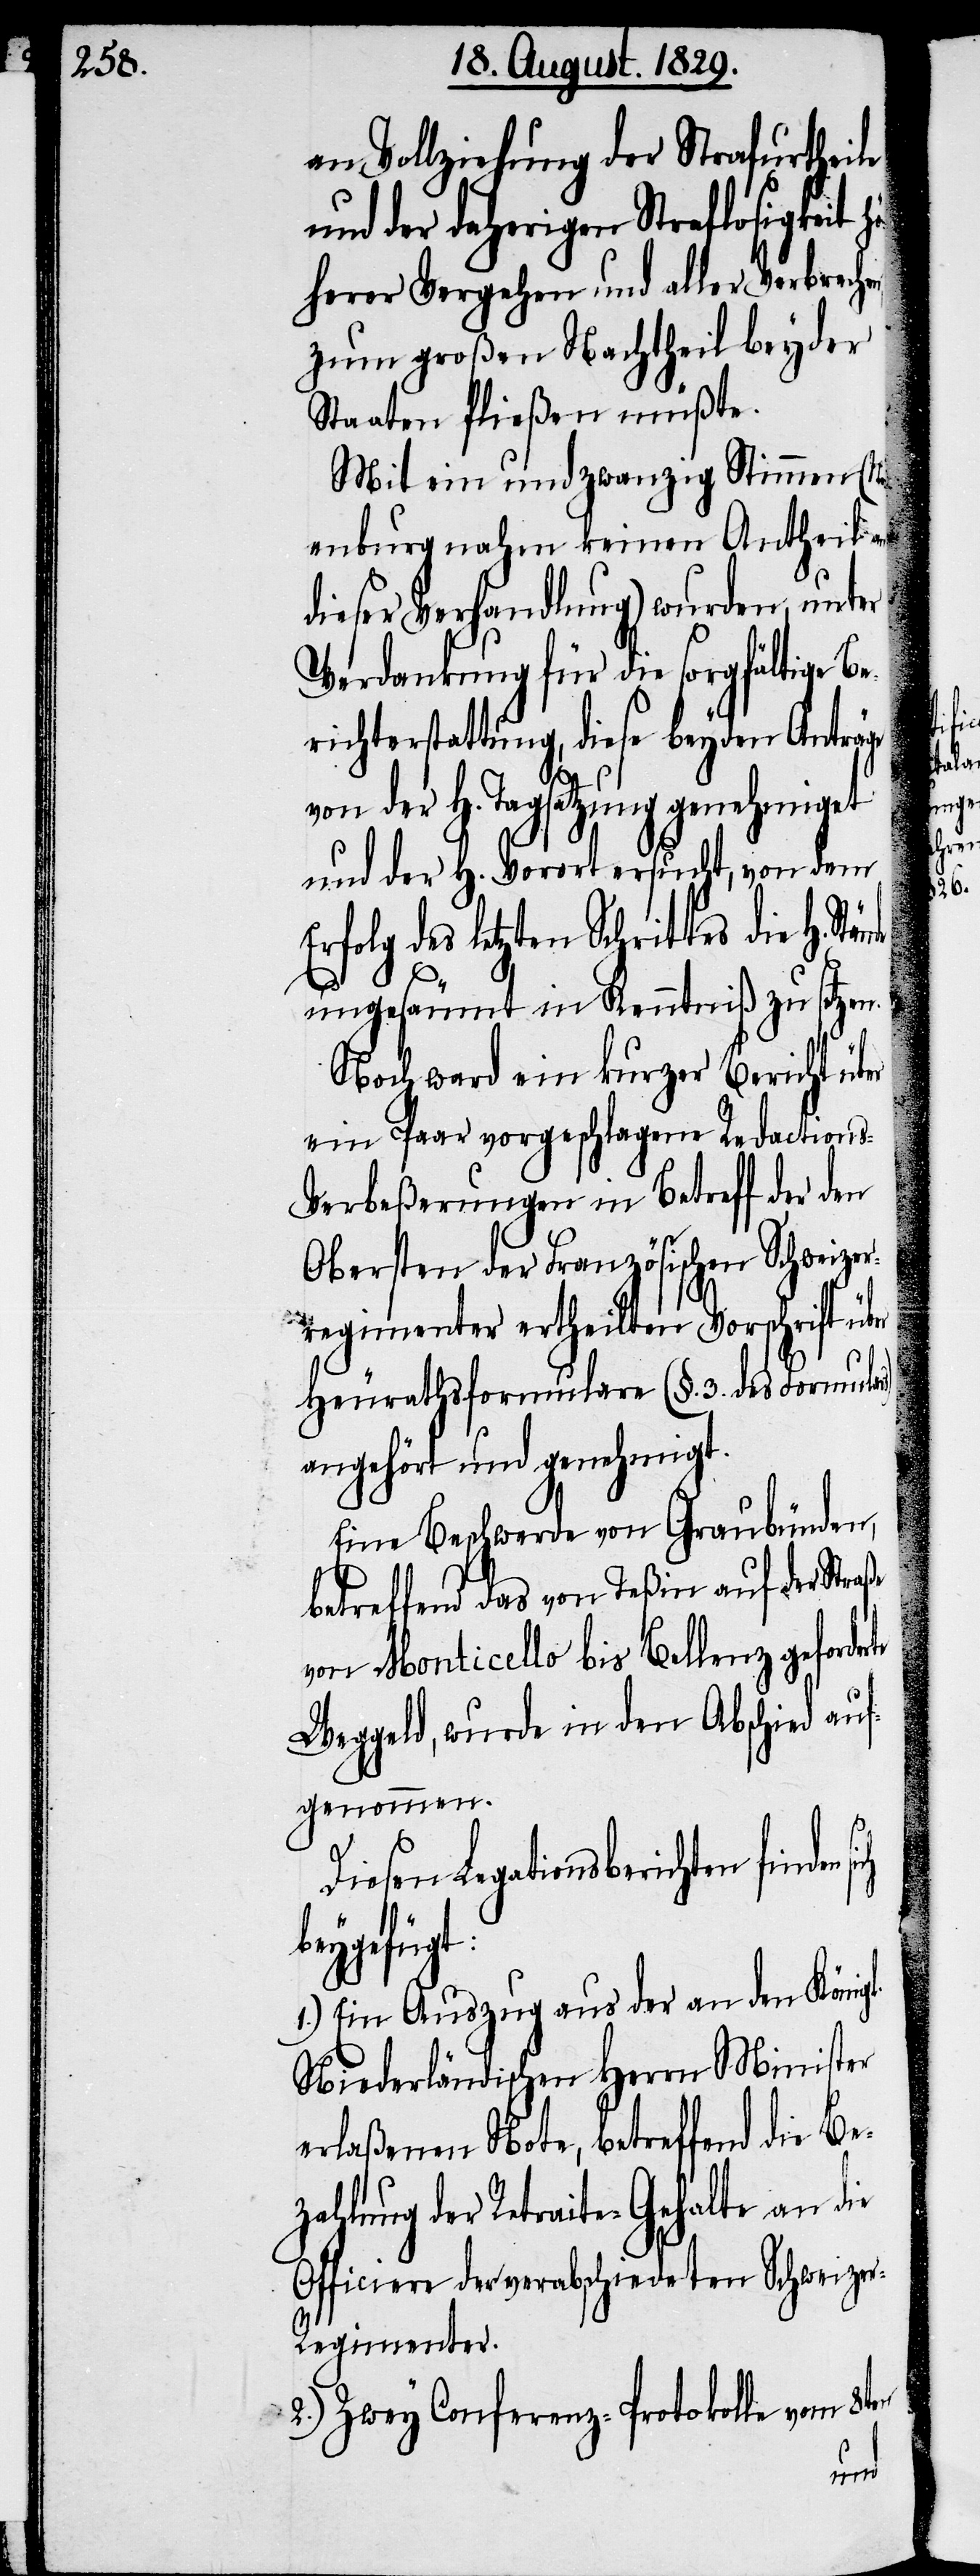
an Vollziehung der Strafurtheile
und der daherigen Straflosigkeit h¬
öherer Vergehen und aller Verbrechen
zum großen Nachtheil beyder
Staaten fließen müßte.
Mit ein und zwanzig Stimmen (Neu¬
enburg nahm keinen Antheil an
dieser Verhandlung) wurden, unter
Verdankung für die sorgfältige Be¬
sich
richterstattung, diese beyden Anträge
von der H. Tagsatzung genehmiget u¬
nd der H. Vorort ersucht, von dem
Erfolg des letzten Schrittes die H. St¬
ungesäumt in Kenntniß zu setzen.
Noch ward ein kurzer Bericht über
ein Paar vorgeschlagene Redaction¬
s-Verbeßerungen in Betreff der den
Obersten der Französischen Schweize¬
regimenter ertheilten Vorschrift über
Heurathsformulare (§. 3. des Formular¬
angehört und genehmigt.
Eine Beschwerde von Graubünden,
betreffend das von Teßin auf der Straße
von Monticello bis Bellenz geforder¬
Weggeld, wurde in den Abschied auf¬
genommen.
s)
Diesen Legationsberichten find¬
beygefügt:
1.) Ein Auszug aus der an den Königl.
Niederländischen Herrn Minister
erlaßenen Note, betreffend die Be¬
zahlung der Retraite-Gehalte an die
Officiere der verabschiedeten Schweize¬
r-Regimenter.
2.) Zwey Conferenz-Protokolle vom 8ten
en